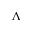
\Lambda